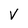
Character: V